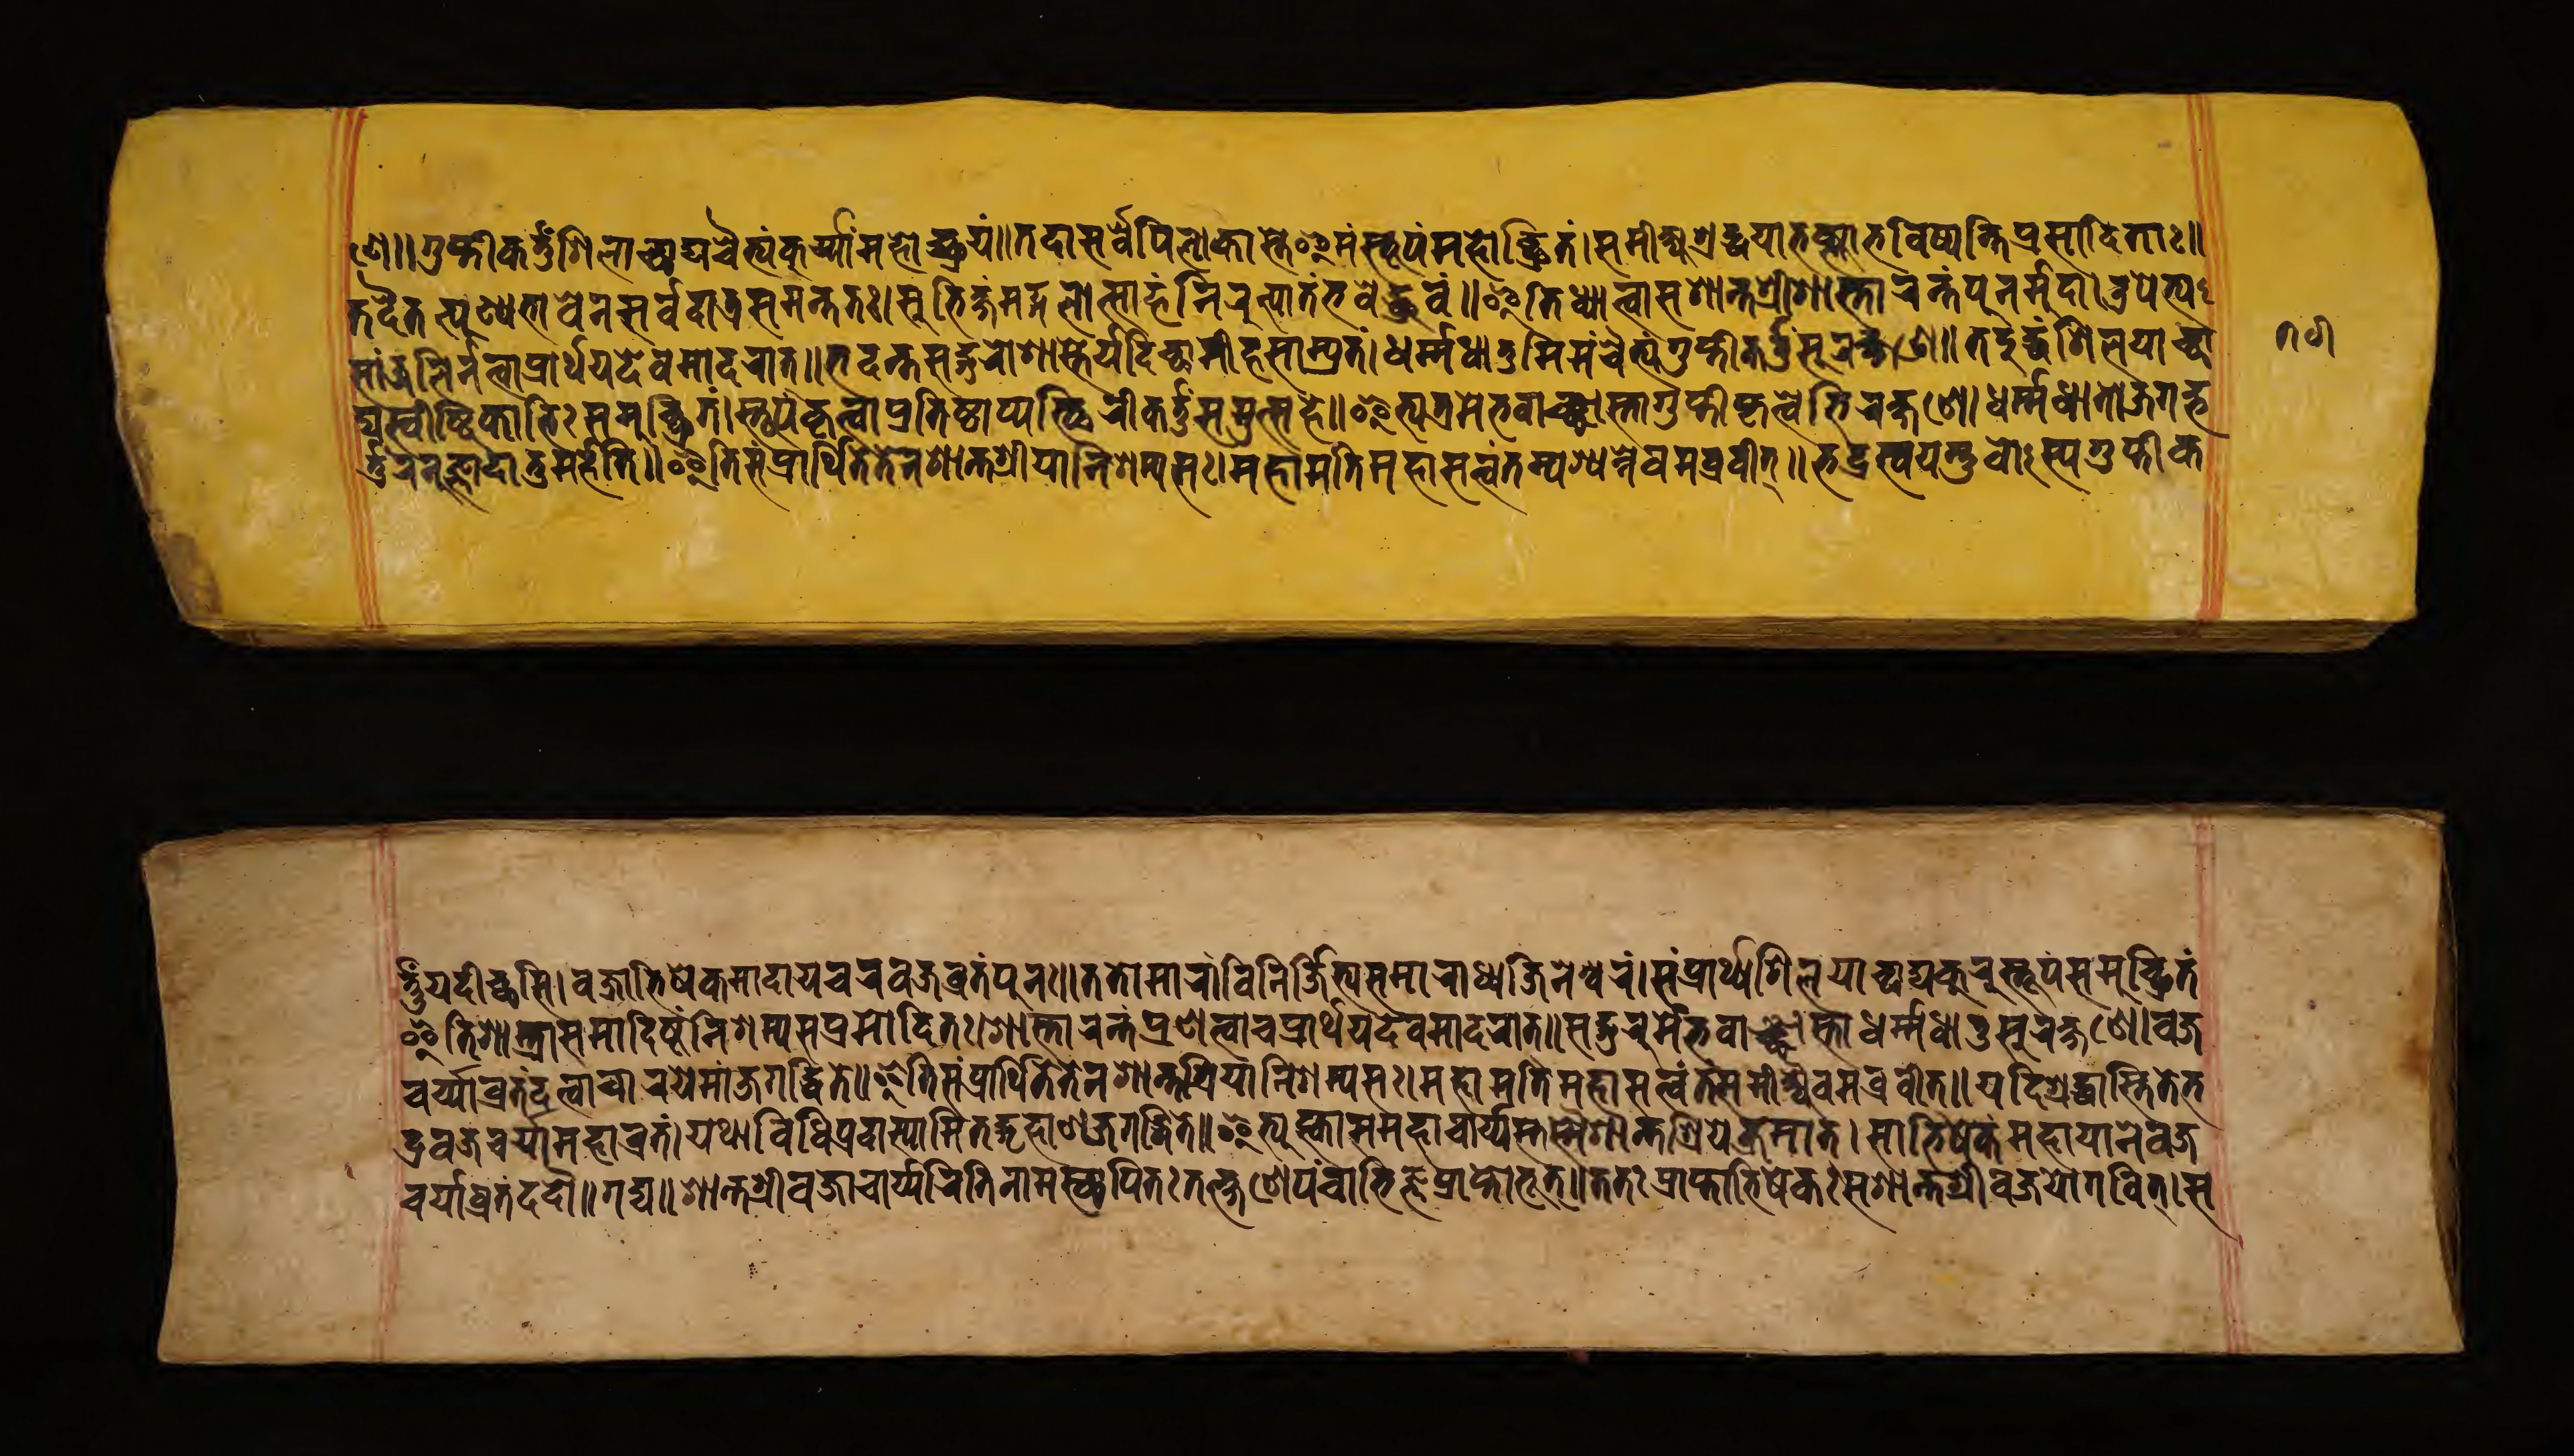
𑐞𑐾𑑌𑐐𑐸𑐥𑑂𑐟𑐶𑐎𑐬𑑂𑐟𑑂𑐟𑐸𑐱𑐶𑐮𑐵𑐕𑐵𑐡𑑂𑐫𑐔𑐿𑐟𑑂𑐫𑑄𑐎𑐸𑐬𑑂𑐫𑐵𑐩𑐴𑑀𑐕𑑂𑐬𑐫𑑄𑑌𑐟𑐡𑐵𑐳𑐬𑑂𑐰𑐾𑐥𑐶𑐮𑑀𑐎𑐵𑐳𑑂𑐟𑐾𑐂𑐩𑑄𑐳𑑂𑐟𑐹𑐥𑑄𑐩𑐴𑑀𑐕𑑂𑐬𑐶𑐟𑑄𑑋𑐳𑐩𑐷𑐎𑑂𑐲𑑂𑐫𑐱𑑂𑐬𑐡𑑂𑐢𑐫𑐵𑐨𑐎𑑂𑐟𑑂𑐫𑐵𑐨𑐖𑐶𑐲𑑂𑐫𑐣𑑂𑐟𑐶𑐥𑑂𑐬𑐳𑐵𑐡𑐶𑐟𑐵𑑅𑑌 𑐟𑐡𑐿𑐟𑐟𑑂𑐥𑐸𑐞𑑂𑐫𑐨𑐵𑐰𑐾𑐣𑐳𑐬𑑂𑐰𑐡𑐵𑐟𑑂𑐬𑐳𑐩𑐣𑑂𑐟𑐟𑑅𑑋𑐳𑐸𑐨𑐶𑐎𑑂𑐲𑑄𑐩𑐒𑑂𑐐𑐮𑑀𑐟𑑂𑐳𑐵𑐴𑑄𑐣𑐶𑐬𑐸𑐟𑑂𑐥𑐵𑐟𑑄𑐨𑐰𑐾𑐡𑑂𑐢𑑂𑐬𑐸𑐰𑑄𑑌𑐂𑐟𑐶𑐢𑑂𑐫𑐵𑐟𑑂𑐰𑐵𑐳𑐱𑐵𑐣𑑂𑐟𑐱𑑂𑐬𑐷𑑅𑐱𑐵𑐳𑑂𑐟𑐵𑐬𑑄𑐟𑑄𑐥𑐸𑐣𑐬𑑂𑐩𑐸𑐡𑐵𑑋𑐄𑐥𑐾𑐟𑑂𑐫 𑐳𑐵𑐘𑑂𑐖𑐮𑐶𑐬𑑂𑐣𑐟𑑂𑐰𑐵𑐥𑑂𑐬𑐵𑐬𑑂𑐠𑐫𑐡𑐾𑐰𑐩𑐵𑐡𑐬𑐵𑐟𑑂𑑌𑐨𑐡𑐣𑑂𑐟𑐳𑐡𑑂𑐐𑐸𑐬𑑀𑐱𑐵𑐳𑑂𑐟𑐬𑑂𑐫𑐡𑐶𑐔𑑂𑐕𑐵𑐩𑐶𑐴𑐳𑐵𑐩𑑂𑐥𑑂𑐬𑐟𑑄𑑋𑐢𑐬𑑂𑐩𑑂𑐩𑐵𑐢𑐵𑐟𑐸𑐩𑐶𑐩𑑄𑐔𑐿𑐟𑑂𑐫𑑄𑐐𑐸𑐥𑑂𑐟𑐶𑐎𑐬𑑂𑐟𑑂𑐟𑐸𑑄𑐳𑐸𑐬𑐎𑑂𑐲𑐞𑐾𑑌𑐟𑐡𑐹𑐬𑑂𑐡𑑂𑐢𑐱𑐶𑐮𑐫𑐵𑐕𑐵 𑐡𑑂𑐫𑐳𑑂𑐰𑐷𑐲𑑂𑐚𑐶𑐎𑐵𑐨𑐶𑑅𑐳𑐩𑐸𑐕𑑂𑐬𑐶𑐟𑑄𑑋𑐳𑑂𑐟𑐹𑐥𑑄𑐎𑐺𑐟𑑂𑐰𑐵𑐥𑑂𑐬𑐟𑐶𑐲𑑂𑐛𑐵𑐥𑑂𑐫𑐳𑑂𑐠𑐶𑐬𑐷𑐎𑐬𑑂𑐟𑑂𑐟𑐸𑑄𑐳𑐩𑐸𑐟𑑂𑐳𑐴𑐾𑑌𑐂𑐟𑑂𑐫𑐟𑑂𑐬𑐩𑐾𑐨𑐰𑐵𑐘𑑂𑐕𑐵𑐳𑑂𑐟𑐵𑐐𑐸𑐥𑑂𑐟𑐶𑐎𑐺𑐟𑑂𑐰𑐵𑐨𑐶𑐬𑐎𑑂𑐲𑐞𑐾𑑋𑐢𑐬𑑂𑐩𑑂𑐩𑐢𑐵𑐟𑑀𑑅𑐖𑐐𑐡𑑂𑐨 𑐬𑑂𑐟𑑂𑐟𑐸𑐬𑐣𑐸𑐖𑑂𑐘𑐵𑑄𑐡𑐵𑐟𑐸𑐩𑐬𑑂𑐴𑐟𑐶𑑌𑐂𑐟𑐶𑐳𑑄𑐥𑑂𑐬𑐵𑐬𑑂𑐠𑐶𑐟𑐾𑐟𑐾𑐣𑐱𑐵𑐣𑑂𑐟𑐱𑑂𑐬𑐶𑐫𑐵𑐣𑐶𑐱𑐩𑑂𑐫𑐳𑑅𑑋𑐩𑐴𑐵𑐩𑐟𑐶𑐬𑑂𑐩𑐴𑐵𑐳𑐟𑑂𑐟𑑂𑐰𑑄𑐟𑑄𑐥𑐱𑑂𑐫𑐣𑑂𑐣𑐾𑐰𑐩𑐧𑑂𑐬𑐰𑐷𑐟𑑂𑑌𑐨𑐡𑑂𑐬𑐳𑑂𑐰𑑄𑐫𑐩𑑂𑐨𑐹𑐰𑐵𑑄𑐳𑑂𑐟𑐳𑑂𑐫𑐐𑐸𑐥𑑂𑐟𑐶𑐎 𑐬𑑂𑐟𑑂𑐟𑐸𑑄𑐫𑐡𑐷𑐔𑑂𑐕𑐳𑐶𑑋𑐰𑐖𑑂𑐬𑐵𑐨𑐶𑐲𑐾𑐎𑐩𑐵𑐡𑐵𑐫𑐔𑐬𑐰𑐖𑑂𑐬𑐰𑑂𑐬𑐟𑑄𑐥𑐸𑐣𑑅𑑌𑐟𑐟𑑀𑐩𑐵𑐬𑐵𑐣𑑂𑐰𑐶𑐣𑐶𑐬𑑂𑐖𑑂𑐖𑐶𑐟𑑂𑐫𑐳𑐩𑐵𑐬𑐵𑐢𑑂𑐫𑐖𑐶𑐣𑐾𑐱𑑂𑐰𑐬𑑄𑑋𑐳𑑄𑐥𑑂𑐬𑐵𑐬𑑂𑐠𑑂𑐫𑐱𑐶𑐮𑐫𑐵𑐔𑑂𑐕𑐵𑐡𑑂𑐫𑐎𑐸𑐬𑐸𑐳𑑂𑐟𑐹𑐥𑑄𑐳𑐩𑐸𑐕𑑂𑐬𑐶𑐟𑑄 𑐂𑐟𑐶𑐱𑐵𑐳𑑂𑐟𑐵𑐳𑐩𑐵𑐡𑐶𑐲𑑂𑐚𑑄𑐣𑐶𑐱𑐩𑑂𑐫𑐳𑐥𑑂𑐬𑐩𑑀𑐡𑐶𑐟𑑅𑑋𑐱𑐵𑐳𑑂𑐟𑐵𑐬𑑄𑐟𑑄𑐥𑑂𑐬𑐞𑐟𑑂𑐰𑐵𑐔𑐥𑑂𑐬𑐵𑐬𑑂𑐠𑐫𑐡𑐾𑐰𑐩𑐵𑐡𑐬𑐵𑐟𑑂𑑌𑐳𑐡𑑂𑐐𑐸𑐬𑐸𑐬𑑂𑐩𑐾𑐨𑐰𑐵𑐘𑑂𑐕𑐵𑐳𑑂𑐟𑐵𑐢𑐬𑑂𑐩𑑂𑐩𑐢𑐵𑐟𑐸𑐳𑐸𑐬𑐎𑑂𑐲𑐞𑐾𑑋𑐰𑐖𑑂𑐬 𑐔𑐬𑑂𑐫𑐵𑐰𑑂𑐬𑐟𑑄𑐡𑐟𑑂𑐰𑐵𑐔𑐵𑐬𑐫𑐩𑐵𑑄𑐖𑐐𑐡𑑂𑐢𑐶𑐟𑐾𑑌𑐂𑐟𑐶𑐳𑑄𑐥𑑂𑐬𑐵𑐬𑑂𑐠𑐶𑐟𑐾𑐟𑐾𑐣𑐱𑐵𑐣𑑂𑐟𑐱𑑂𑐬𑐶𑐫𑐵𑐣𑐶𑐱𑐩𑑂𑐫𑐳𑑅𑑋𑐩𑐴𑐵𑐩𑐟𑐶𑐬𑑂𑐩𑐴𑐵𑐳𑐟𑑂𑐟𑑂𑐰𑑄𑐟𑑄𑐳𑐩𑐷𑐎𑑂𑐲𑑂𑐫𑐿𑐰𑐩𑐧𑑂𑐬𑐰𑐷𑐟𑑂𑑌𑐫𑐡𑐶𑐱𑑂𑐬𑐡𑑂𑐢𑐵𑐳𑑂𑐟𑐶𑐟𑐾𑐨 𑐡𑑂𑐬𑐰𑐖𑑂𑐬𑐔𑐬𑑂𑐫𑐵𑐩𑐴𑐵𑐰𑑂𑐬𑐟𑑄𑑋𑐫𑐠𑐵𑐰𑐶𑐢𑐶𑐥𑑂𑐬𑐡𑐵𑐳𑑂𑐫𑐵𑐩𑐶𑐟𑐡𑑂𑐐𑐺𑐴𑐵𑐞𑐖𑐐𑐡𑑂𑐢𑐶𑐟𑐾𑑌𑐂𑐟𑑂𑐫𑐸𑐎𑑂𑐟𑑂𑐰𑐵𑐳𑐩𑐴𑐵𑐔𑐵𑐬𑑂𑐫𑐳𑑂𑐟𑐳𑑂𑐩𑐿𑐱𑐵𑐣𑑂𑐟𑐱𑑂𑐬𑐶𑐫𑐾𑐎𑑂𑐬𑐩𑐵𑐟𑑂𑑋𑐳𑐵𑐨𑐶𑐲𑐾𑐎𑑄𑐩𑐴𑐵𑐫𑐵𑐣𑐾𑐰𑐖𑑂𑐬 𑐔𑐬𑑂𑐫𑐵𑐰𑑂𑐬𑐟𑑄𑐡𑐡𑑁𑑌𑐟𑐡𑑂𑐫𑑌𑐱𑐵𑐣𑑂𑐟𑐱𑑂𑐬𑐷𑐰𑐖𑑂𑐬𑐵𑐔𑐵𑐬𑑂𑐫𑐿𑐟𑐶𑐳𑑂𑐠𑐵𑐥𑐶𑐟𑑅𑐟𑐟𑑂𑐎𑑂𑐲𑐞𑐾𑐬𑑂𑐫𑐾𑐔𑐵𑐢𑐶𑐖𑑂𑐘𑐥𑑂𑐬𑐵𑐥𑑂𑐟𑑀𑐨𑐹𑐟𑑂𑑌𑐟𑐟𑑅𑐥𑑂𑐬𑐵𑐥𑑂𑐟𑐵𑐨𑐶𑐲𑐾𑐎𑑅𑐳𑐱𑐵𑐣𑑂𑐟𑐱𑑂𑐬𑐷𑐰𑐖𑑂𑐬𑐫𑑀𑐐𑐰𑐶𑐟𑑂𑑋𑐳 undefined𑑗𑑖